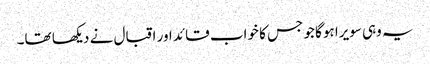
یہ وہی سویرا ہوگا جو جس کا خواب قائد اور اقبال نے دیکھا تھا۔